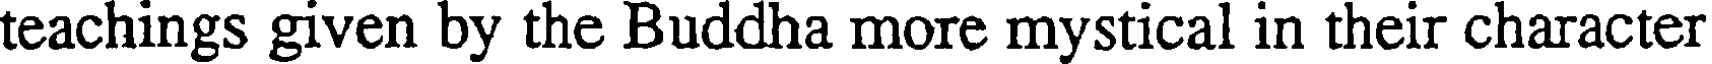
teachings given by the Buddha more mystical in their character